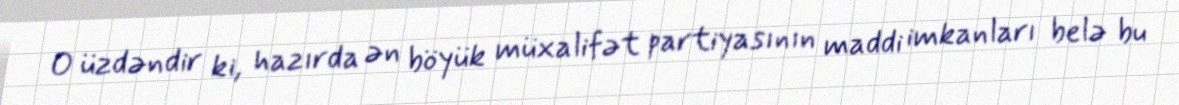
O üzdəndir ki, hazırda ən böyük müxalifət partiyasının maddi imkanları belə bu